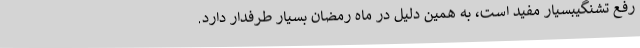
رفع تشنگیبسیار مفید است، به همین دلیل در ماه رمضان بسیار طرفدار دارد.